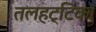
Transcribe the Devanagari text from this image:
तलहट्टिका